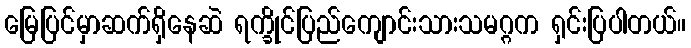
မြေပြင်မှာဆက်ရှိနေဆဲ ရက္ခိုင်ပြည်ကျောင်းသားသမဂ္ဂက ရှင်းပြပါတယ်။